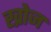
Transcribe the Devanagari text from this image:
ख्रोज